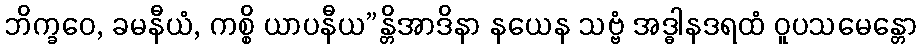
ဘိက္ခဝေ, ခမနီယံ, ကစ္စိ ယာပနီယ”န္တိအာဒိနာ နယေန သဗ္ဗံ အဒ္ဓါနဒရထံ ဝူပသမေန္တော